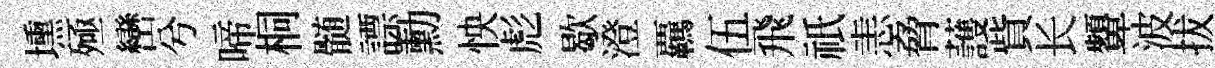
壎殛巒兮啼桐髄謤勳怏彪歇澄覊伍飛祇恚脅䕶貲长顰波拔